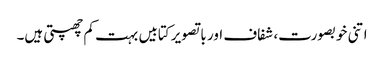
اتنی خوبصورت، شفاف اور با تصویر کتابیں بہت کم چھپتی ہیں۔